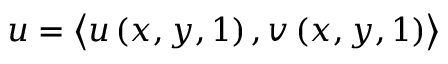
\boldsymbol { u } = \left< u \left( x , y , 1 \right) , v \left( x , y , 1 \right) \right>